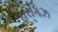
હરગિઝ